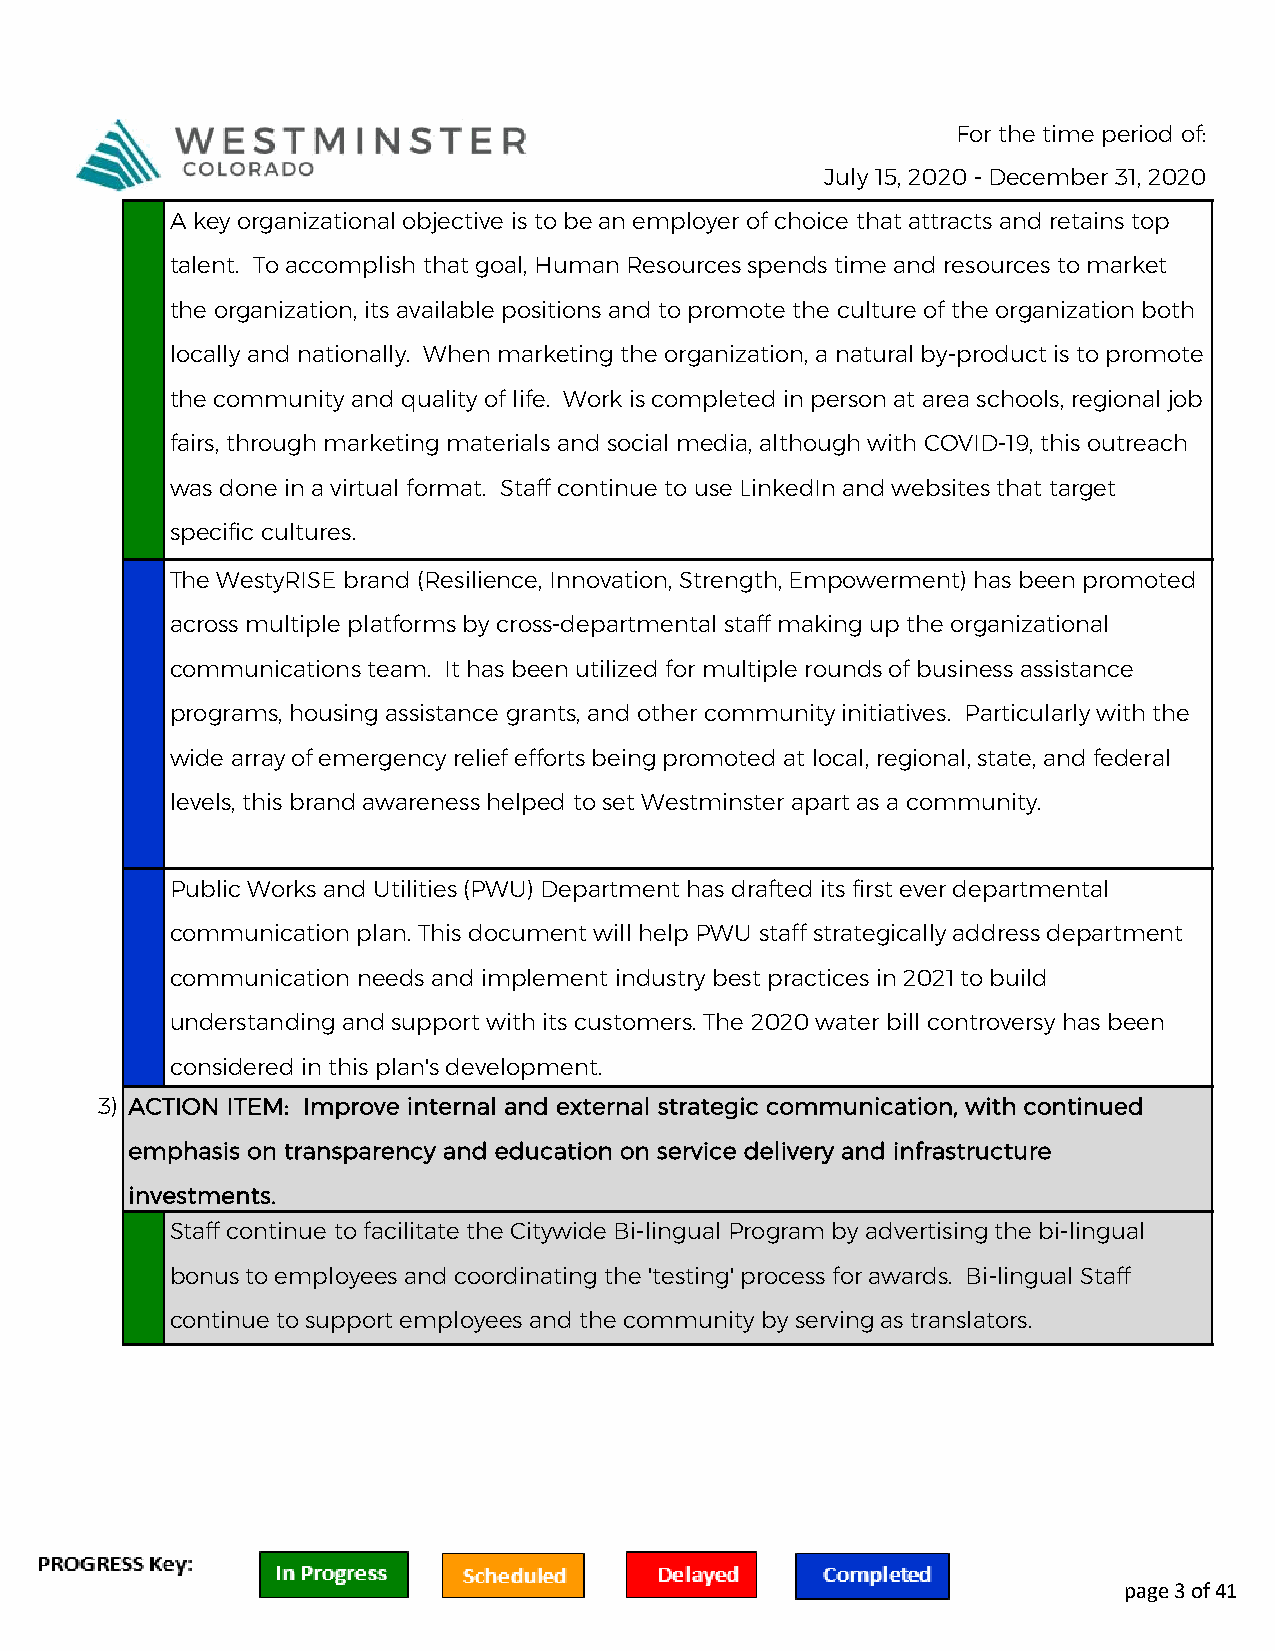
For the time period of:
 July 15, 2020 - December 31, 2020
 A key organizational objective is to be an employer of choice that attracts and retains top
 talent. To accomplish that goal, Human Resources spends time and resources to market
 the organization, its available positions and to promote the culture of the organization both
 locally and nationally. When marketing the organization, a natural by-product is to promote
 the community and quality of life. Work is completed in person at area schools, regional job
 fairs, through marketing materials and social media, although with COVID-19, this outreach
 was done in a virtual format. Staff continue to use LinkedIn and websites that target
 specific cultures.
 The WestyRISE brand (Resilience, Innovation, Strength, Empowerment) has been promoted
 across multiple platforms by cross-departmental staff making up the organizational
 communications team. It has been utilized for multiple rounds of business assistance
 programs, housing assistance grants, and other community initiatives. Particularly with the
 wide array of emergency relief efforts being promoted at local, regional, state, and federal
 levels, this brand awareness helped to set Westminster apart as a community.
 Public Works and Utilities (PWU) Department has drafted its first ever departmental
 communication plan. This document will help PWU staff strategically address department
 communication needs and implement industry best practices in 2021 to build
 understanding and support with its customers. The 2020 water bill controversy has been
 considered in this plan's development.
 3) ACTION ITEM: Improve internal and external strategic communication, with continued
 emphasis on transparency and education on service delivery and infrastructure
 investments.
 Staff continue to facilitate the Citywide Bi-lingual Program by advertising the bi-lingual
 bonus to employees and coordinating the 'testing' process for awards. Bi-lingual Staff
 continue to support employees and the community by serving as translators.
 page 3 of 41